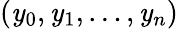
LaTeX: (\mathit{y}_{0},\mathit{y}_{1},\ldots,\mathit{y}_{n})